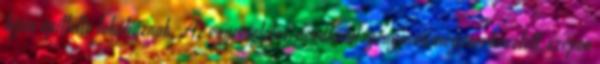
táján építtette lakóháznak. Az egyemeletes, rendkívül igényesen megszerkesztett, szépen